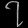
Digit: ၇